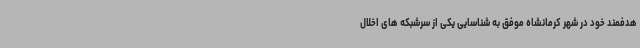
هدفمند خود در شهر کرمانشاه موفق به شناسایی یکی از سرشبکه های اخلال